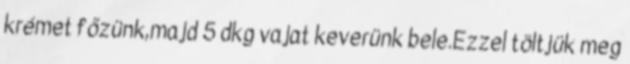
krémet főzünk,majd 5 dkg vajat keverünk bele.Ezzel töltjük meg